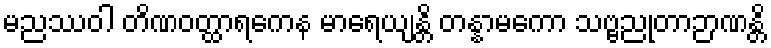
မညဿဝါ တိဏဝတ္ထာရကေန မာရေယျန္တိ တန္နာမကော သဗ္ဗညုတာဉာဏန္တိ